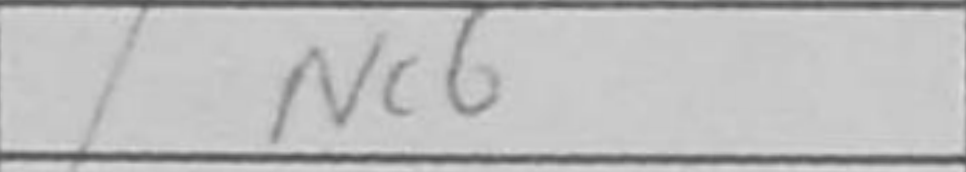
Transcription: Nc6